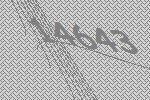
14643